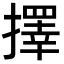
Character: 擇